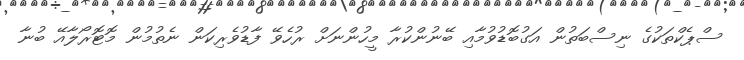
ސްޕެކްތަކުގެ ނިސްބަތުން އަގުބޮޑުވުމާއި ބޭނުންކުރާ މީހުންނަށް ރުހެވޭ ފާޑުވެރިކަން ނެތުމުން މޮޓޮރޯލާއޭ ބުނާ